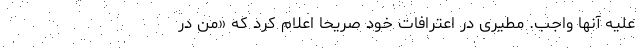
علیه آنها واجب. مطیری در اعترافات خود صریحاً اعلام کرد که «من در